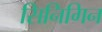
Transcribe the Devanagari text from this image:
सिनिगिन